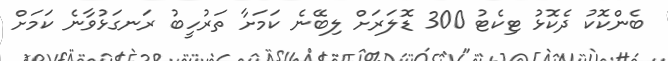
ބެންކޮކު ދެކޮޅު ޓިކެޓު 300 ޑޮލަރަށް ލިބޭނެ ކަމަށާ ތަރުހީބު ރަނގަޅުވާނެ ކަމަށް